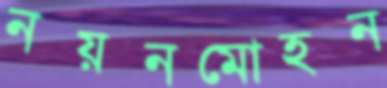
নয়নমোহন